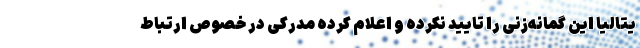
یتالیا این گمانه‌زنی را تایید نکرده و اعلام کرده مدرکی در خصوص ارتباط